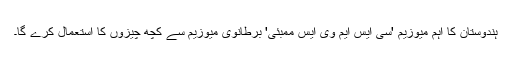
ہندوستان کا اہم میوزیم 'سی ایس ایم وی ایس ممبئی' برطانوی میوزیم سے کچھ چیزوں کا استعمال کرے گا۔